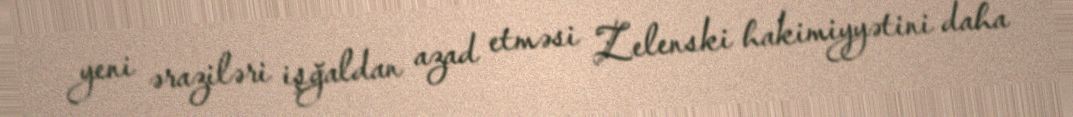
yeni əraziləri işğaldan azad etməsi Zelenski hakimiyyətini daha